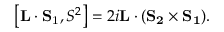
\left[ { \bf L } \cdot { \bf S _ { \mathrm { 1 } } } , S ^ { 2 } \right] = 2 i { \bf L } \cdot ( { \bf S _ { 2 } } \times { \bf S _ { 1 } } ) .